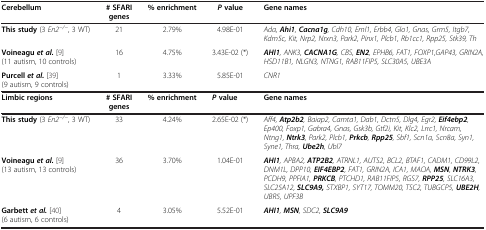
<table><thead><tr><td><b>Cerebellum</b></td><td><b># SFARI genes</b></td><td><b>% enrichment</b></td><td><b><i>P </i>value</b></td><td><b>Gene names</b></td></tr></thead><tbody><tr><td><b>This study</b> (3 <i>En2</i><sup><i>-/-</i></sup>, 3 WT)</td><td>21</td><td>2.79%</td><td>4.98E-01</td><td><i>Ada,</i><b><i>Ahi1</i></b><i>,</i><b><i>Cacna1g</i></b><i>, Cdh10, Eml1, Erbb4, Glo1, Gnas, Grm5, Itgb7, Kdm5c, Kit, Nrp2, Nrxn3, Park2, Pinx1, Plcb1, Rb1cc1, Rpp25, Stk39, Th</i></td></tr><tr><td><b>Voineagu </b><b><i>et al.</i></b>[9] (11 autism, 10 controls)</td><td>16</td><td>4.75%</td><td>3.43E-02 (*)</td><td><b><i>AHI1</i></b><i>, ANK3,</i><b><i>CACNA1G</i></b><i>, CBS,</i><b><i>EN2</i></b><i>, EPHB6, FAT1, FOXP1,GAP43, GRIN2A, HSD11B1, NLGN3, NTNG1, RAB11FIP5, SLC30A5, UBE3A</i></td></tr><tr><td><b>Purcell </b><b><i>et al.</i></b>[39] (9 autism, 9 controls)</td><td>1</td><td>3.33%</td><td>5.85E-01</td><td><i>CNR1</i></td></tr><tr><td><b>Limbic regions</b></td><td><b># SFARI genes</b></td><td><b>% enrichment</b></td><td><b><i>P </i></b><b>value</b></td><td><b>Gene names</b></td></tr><tr><td><b>This study</b> (3 <i>En2</i><sup><i>-/-</i></sup>, 3 WT)</td><td>33</td><td>4.24%</td><td>2.65E-02 (*)</td><td><i>Aff4,</i><b><i>Atp2b2</i></b><i>, Baiap2, Camta1, Dab1, Dctn5, Dlg4, Egr2,</i><b><i>Eif4ebp2</i></b><i>, Ep400, Foxp1, Gabra4, Gnas, Gsk3b, Gtf2i, Kit, Klc2, Lrrc1, Nrcam, Ntng1,</i><b><i>Ntrk3</i></b><i>, Park2, Plcb1,</i><b><i>Prkcb</i></b><i>,</i><b><i>Rpp25</i></b><i>, Sbf1, Scn1a, Scn8a, Syn1, Syne1, Thra,</i><b><i>Ube2h</i></b><i>, Ubl7</i></td></tr><tr><td><b>Voineagu </b><b><i>et al.</i></b>[9] (13 autism, 13 controls)</td><td>36</td><td>3.70%</td><td>1.04E-01</td><td><b><i>AHI1</i></b><i>, APBA2,</i><b><i>ATP2B2</i></b><i>, ATRNL1, AUTS2, BCL2, BTAF1, CADM1, CD99L2, DNM1L, DPP10,</i><b><i>EIF4EBP2</i></b><i>, FAT1, GRIN2A, ICA1, MAOA,</i><b><i>MSN</i></b><i>,</i><b><i>NTRK3</i></b><i>, PCDH9, PPFIA1,</i><b><i>PRKCB</i></b><i>, PTCHD1, RAB11FIP5, RGS7,</i><b><i>RPP25</i></b><i>, SLC16A3, SLC25A12,</i><b><i>SLC9A9,</i></b><i>STXBP1, SYT17, TOMM20, TSC2, TUBGCP5,</i><b><i>UBE2H</i></b><i>, UBR5, UPF3B</i></td></tr><tr><td><b>Garbett </b><b><i>et al.</i></b>[40] (6 autism, 6 controls)</td><td>4</td><td>3.05%</td><td>5.52E-01</td><td><b><i>AHI1</i></b><i>,</i><b><i>MSN</i></b><i>, SDC2,</i><b><i>SLC9A9</i></b></td></tr></tbody></table>